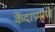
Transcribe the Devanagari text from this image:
केंदाप्रमाणे